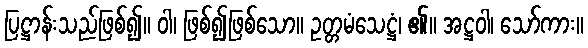
ပြဋ္ဌာန်းသည်ဖြစ်၍။ ဝါ၊ ဖြစ်၍ဖြစ်သော။ ဥတ္တမံသေဋ္ဌံ၊ ၏။ အဋ္ဌဝါ၊ သော်ကား။